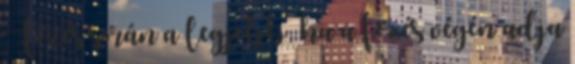
Főzés során a legjobb, ha a főzés végén adja